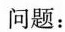
问题：